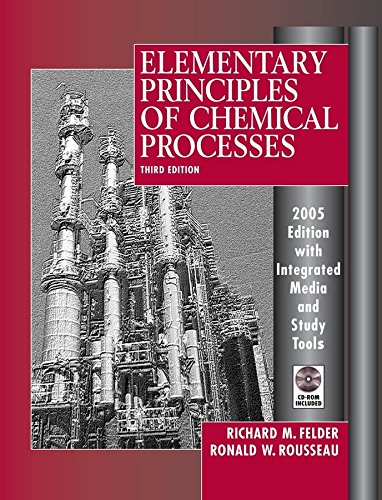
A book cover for Elementary Principles of Chemical Processes, 3rd Edition 2005 Edition Integrated Media and Study Tools, with Student Workbook; Richard M. Felder; Engineering & Transportation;